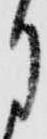
月